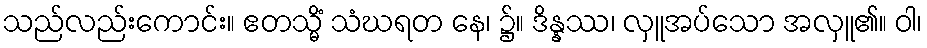
သည်လည်းကောင်း။ ဧတသ္မိံ သံဃရတ နေ၊ ၌။ ဒိန္နဿ၊ လှူအပ်သော အလှူ၏။ ဝါ၊